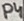
Text: P4